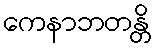
ကေနာဘတန္တိ